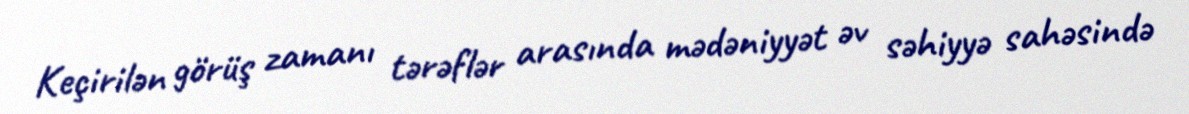
Keçirilən görüş zamanı tərəflər arasında mədəniyyət əv səhiyyə sahəsində